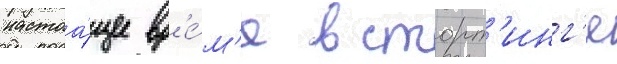
настоа́щее вр'е́м'я в сторт'инг'е